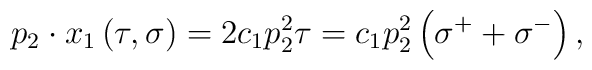
p_2\cdot x_1\left( \tau ,\sigma \right) =2c_1p_2^2\tau =c_1p_2^2\left(\sigma ^{+}+\sigma ^{-}\right) ,